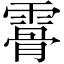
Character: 𩄨